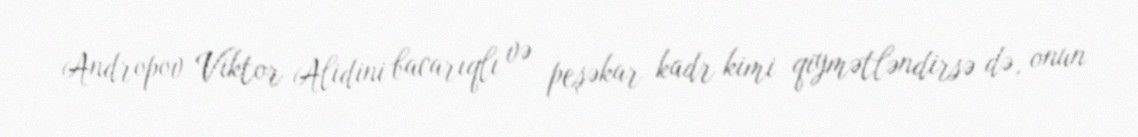
Andropov Viktor Alidini bacarıqlı və peşəkar kadr kimi qiymətləndirsə də, onun